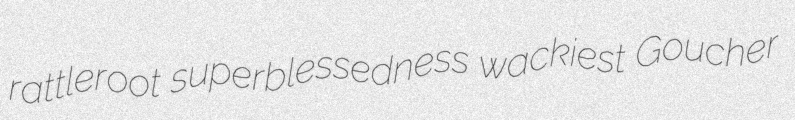
rattleroot superblessedness wackiest Goucher